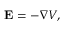
\mathbf { E } = - \nabla V ,